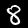
Digit: 8